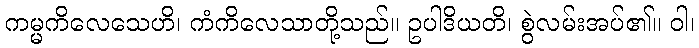
ကမ္မကိလေသေဟိ၊ ကံကိလေသာတို့သည်။ ဥပါဒိယတိ၊ စွဲလမ်းအပ်၏။ ဝါ၊